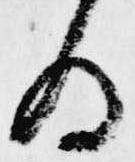
為